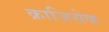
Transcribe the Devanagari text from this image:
क्राजिसेक